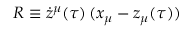
R \equiv \dot { z } ^ { \mu } ( \tau ) \, ( x _ { \mu } - z _ { \mu } ( \tau ) )